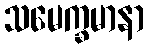
သမေက္ခမာနာ